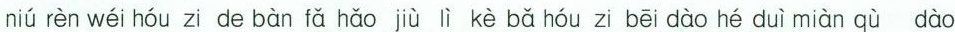
”niú rèn wéi hóu zi de bàn fǎ hǎo jù lì kè bǎ hóu zi bēi dào hé duì miàn qù dào